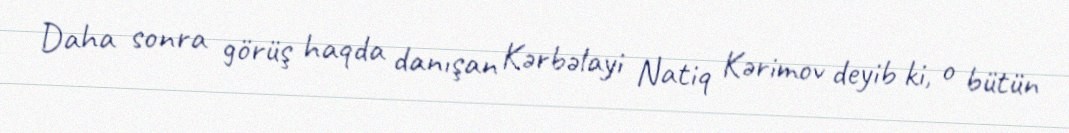
Daha sonra görüş haqda danışan Kərbəlayi Natiq Kərimov deyib ki, o bütün